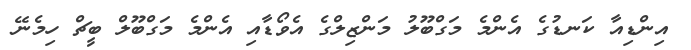
އިންޑިއާ ކަނޑުގެ އެންމެ މަގްބޫލު މަންޒިލްގެ އެވޯޑާއި އެންމެ މަގްބޫލް ބީޗް ހިމެނޭ